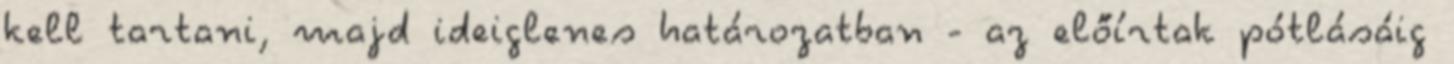
kell tartani, majd ideiglenes határozatban - az előírtak pótlásáig